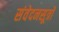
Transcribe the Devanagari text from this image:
संवेदनसूत्रों